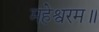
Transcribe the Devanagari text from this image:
महेश्वरम॥